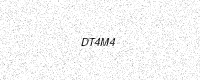
Text: DT4M4